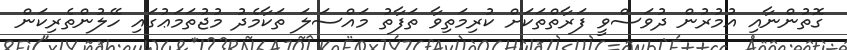
ގޮތުންނާއި އުމުރުން ދުވަސްވީ ފަރާތްތަކަށް ކުރިމަތިވާ ތަފާތު މައްސަލަ ތަކާމެދު މުޖުތަމަޢުގައި ހޭލުންތެރިކަން